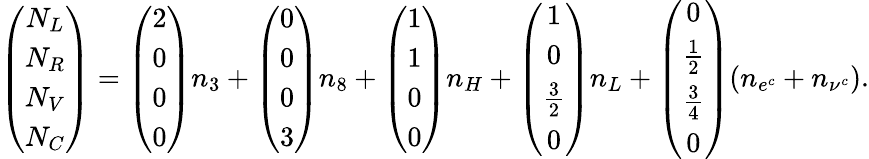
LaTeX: \left(\begin{array}{c}{{N_{L}}}\\ {{N_{R}}}\\ {{N_{V}}}\\ {{N_{C}}}\end{array}\right)=\left(\begin{array}{c}{{2}}\\ {{0}}\\ {{0}}\\ {{0}}\end{array}\right)n_{3}+\left(\begin{array}{c}{{0}}\\ {{0}}\\ {{0}}\\ {{3}}\end{array}\right)n_{8}+\left(\begin{array}{c}{{1}}\\ {{1}}\\ {{0}}\\ {{0}}\end{array}\right)n_{H}+\left(\begin{array}{c}{{1}}\\ {{0}}\\ {{\frac 32}}\\ {{0}}\end{array}\right)n_{L}+\left(\begin{array}{c}{{0}}\\ {{\frac 12}}\\ {{\frac 34}}\\ {{0}}\end{array}\right)(n_{e^{c}}+n_{\nu^{c}}).